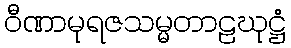
ဝီဏာမုရဇသမ္မတာဠဃုဋ္ဌံ